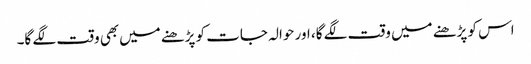
اس کو پڑھنے میں وقت لگے گا، اور حوالہ جات کو پڑھنے میں‌بھی وقت لگے گا۔